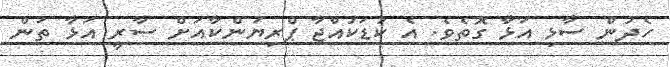
ހެދުން ސާޅި އަޅާ ގޮތެވެ. އެ ކުޑަކުއްޖާ ޕްރިޔަންކާއަށް ސާރީ އަޅާ ތަން